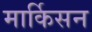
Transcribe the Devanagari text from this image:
मार्किसन